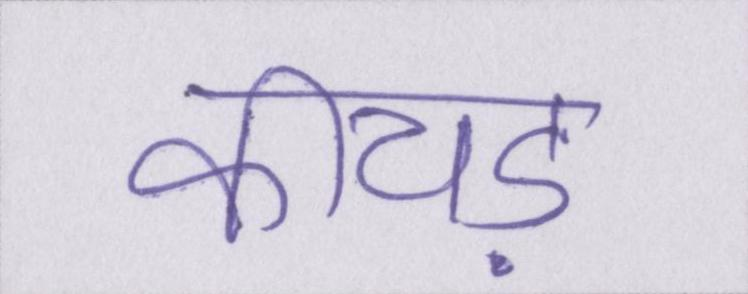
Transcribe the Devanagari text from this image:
कीचड़